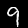
Digit: 9